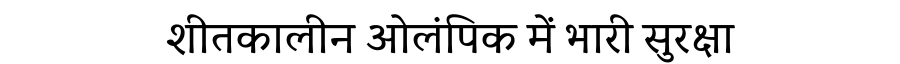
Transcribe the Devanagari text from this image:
शीतकालीन ओलंपिक में भारी सुरक्षा